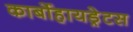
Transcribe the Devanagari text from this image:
कार्बोहायड्रेटस